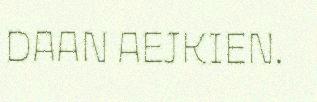
DAAN AEJKIEN.